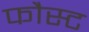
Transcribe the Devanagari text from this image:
फौस्ट